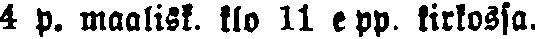
4 p. maalisk. klo 11 e pp. kirkossa